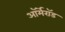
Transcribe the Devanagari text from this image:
ऑर्मेरॉड